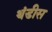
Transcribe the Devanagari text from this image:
थंडीस